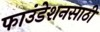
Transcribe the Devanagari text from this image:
फाउंडेशनसाठी